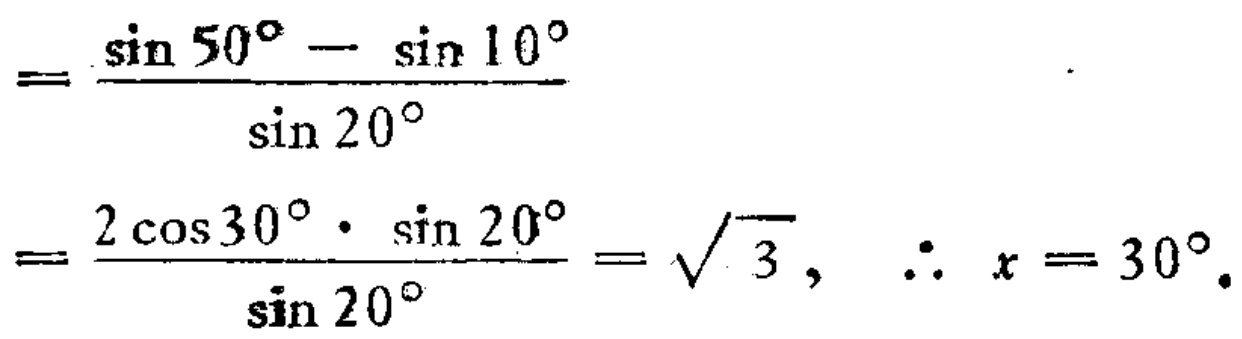
\[
=\frac{\sin 50^{\circ}-\sin 10^{\circ}}{\sin 20^{\circ}}
\]
\[
=\frac{2\cos 30^{\circ}\cdot\sin 20^{\circ}}{\sin 20^{\circ}}=\sqrt{3},\ \therefore\ x = 30^{\circ}.
\]